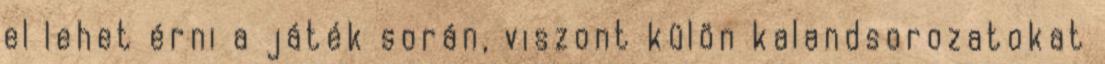
el lehet érni a játék során, viszont külön kalandsorozatokat